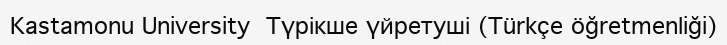
Kastamonu University  Түрікше үйретуші (Türkçe öğretmenliği)